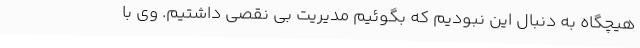
هیچگاه به دنبال این نبودیم که بگوئیم مدیریت بی نقصی داشتیم. وی با